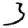
Digit: 3